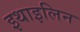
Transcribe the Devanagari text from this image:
इथाइलिन